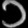
Digit: ၁